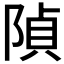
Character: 𨺟